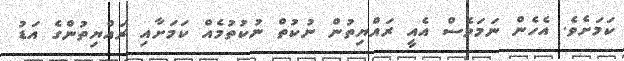
ކަމަށެވެ. އެހެން ނަމަވެސް އެއީ ރައްޔިތުން ނުކުތް ނުކުތުމެއް ކަމަށާއި ރައްޔިތުންގެ އަޑު